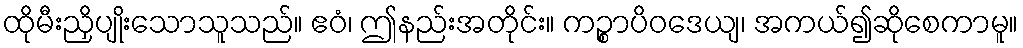
ထိုမီးညှိပျိုးသောသူသည်။ ဧဝံ၊ ဤနည်းအတိုင်း။ ကဉ္စာပိဝဒေယျ၊ အကယ်၍ဆိုစေကာမူ။